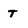
Character: T